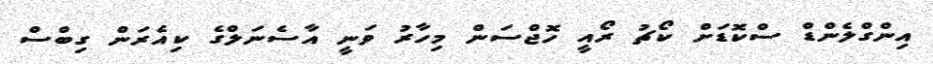
އިންގްލެންޑް ސްކޮޑަށް ކޯޗު ރޯއީ ހޮޖްސަން މިހާރު ވަނީ އާސެނަލްގެ ކިއެރަން ގިބްސް